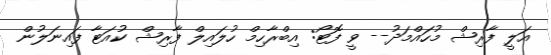
އަލީ ފާރިޝް މުހައްމަދު-- ވީ ފޮޓޯ: އިބްރާހިމް ހުލައިލް ފާރިޝް ކުއަޓާ ފައިނަލުން